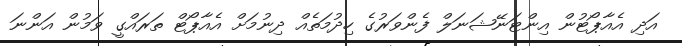
އަދި އެއާޕޯޓުން އިންޓަނޭޝަނަލް ފެންވަރުގެ ހިދުމަތެއް ދިނުމަށް އެއާޕޯޓް ތަރައްގީ ވަމުން އަންނަ